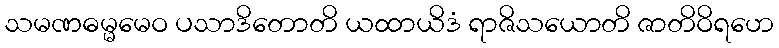
သမဏဓမ္မမေဝ ပသာဒိတောတိ ယထာယိဒံ ရာဇိသယောတိ ဇာတိဝိရဟေ